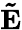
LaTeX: \mathbf{\tilde{E}}